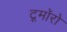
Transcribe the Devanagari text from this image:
टूमॉरो